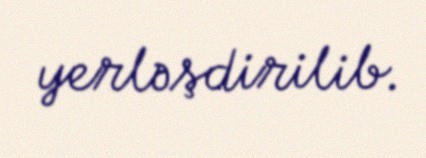
yerləşdirilib.